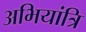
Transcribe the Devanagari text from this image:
अभियांत्रि